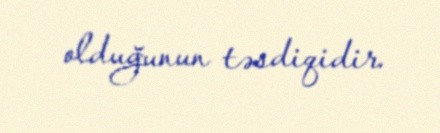
olduğunun təsdiqidir.